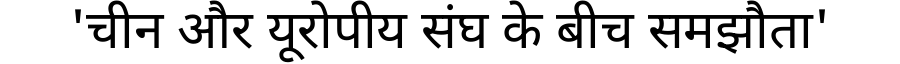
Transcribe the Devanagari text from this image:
'चीन और यूरोपीय संघ के बीच समझौता'